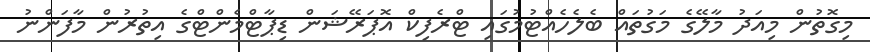
މިގޮތުން މިއަދު މާލޭގެ މަގުތައް ބެލެހެއްޓުމުގައި ޓްރެފިކް އޮޕަރޭޝަން ޑިޕާޓްމެންޓްގެ އިތުރުން މާފަންނު